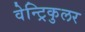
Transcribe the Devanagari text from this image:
वेन्ट्रिकुलर